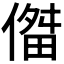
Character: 𫣔